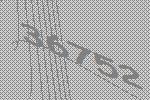
36752